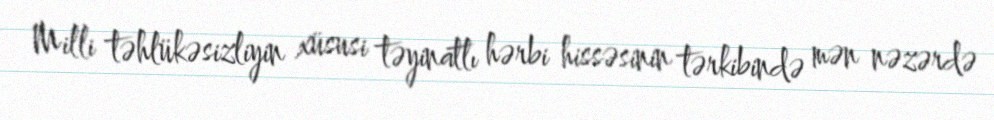
Milli təhlükəsizliyin xüsusi təyinatlı hərbi hissəsinin tərkibində mən nəzərdə